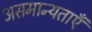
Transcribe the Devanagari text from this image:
असमान्यताएँ